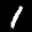
Label: 1